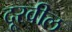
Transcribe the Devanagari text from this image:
दूरवील